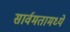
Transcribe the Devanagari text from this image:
सार्वमतामध्ये